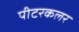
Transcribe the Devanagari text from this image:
पीटरकलर